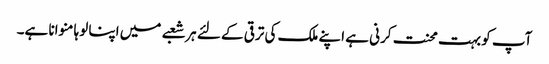
آپ کو بہت محنت کرنی ہے اپنے ملک کی ترقی کے لئے ہر شعبے میں اپنا لوہا منوانا ہے۔